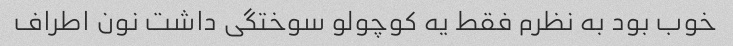
خوب بود به نظرم فقط یه کوچولو سوختگی داشت نون اطراف